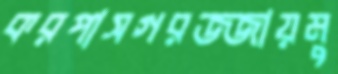
করপাসগরজ্জায়মু